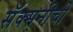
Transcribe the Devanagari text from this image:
सॅक्सनीची